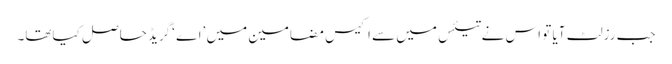
جب رزلٹ آیا تو اس نے تیئس میں سے اکیس مضامین میں ’اے ‘گریڈ حاصل کیاتھا۔